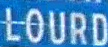
LOURD